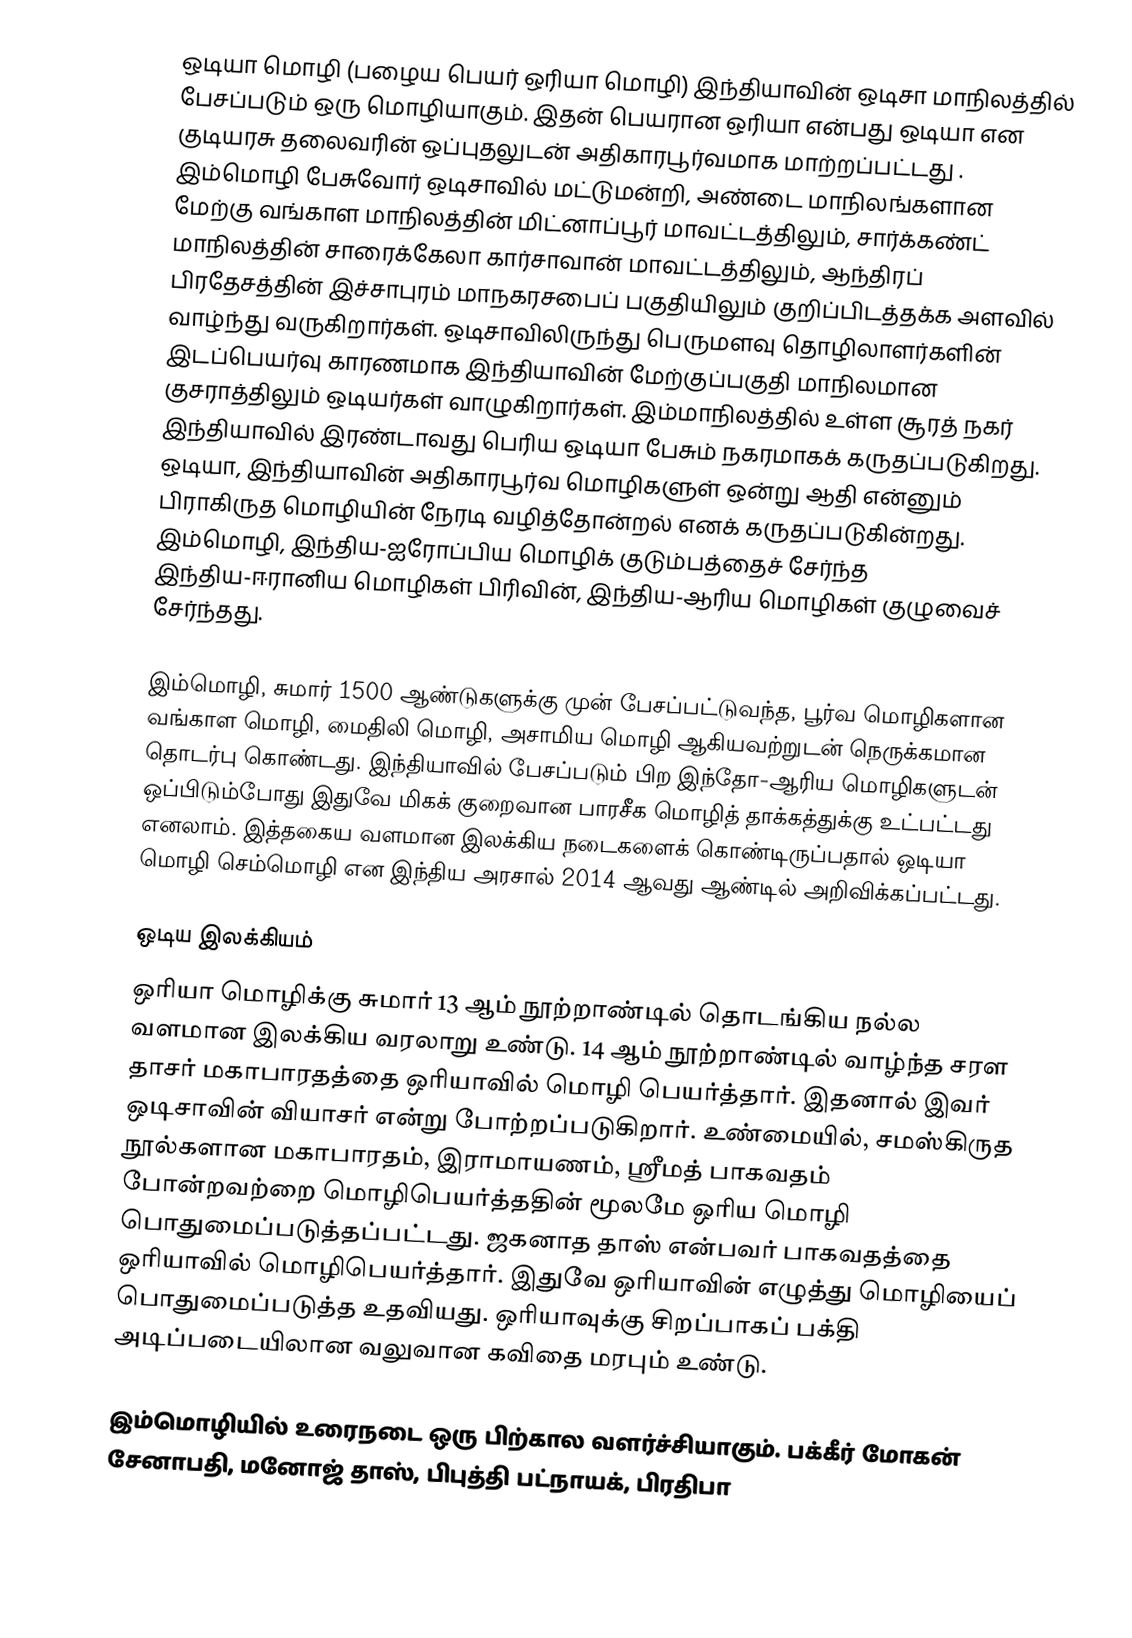
ஒடியா மொழி (பழைய பெயர் ஒரியா மொழி) இந்தியாவின் ஒடிசா மாநிலத்தில் பேசப்படும் ஒரு மொழியாகும். இதன் பெயரான ஒரியா என்பது ஒடியா என குடியரசு தலைவரின் ஒப்புதலுடன் அதிகாரபூர்வமாக மாற்றப்பட்டது . இம்மொழி பேசுவோர் ஒடிசாவில் மட்டுமன்றி, அண்டை மாநிலங்களான மேற்கு வங்காள மாநிலத்தின் மிட்னாப்பூர் மாவட்டத்திலும், சார்க்கண்ட் மாநிலத்தின் சாரைக்கேலா கார்சாவான் மாவட்டத்திலும், ஆந்திரப் பிரதேசத்தின் இச்சாபுரம் மாநகரசபைப் பகுதியிலும் குறிப்பிடத்தக்க அளவில் வாழ்ந்து வருகிறார்கள். ஒடிசாவிலிருந்து பெருமளவு தொழிலாளர்களின் இடப்பெயர்வு காரணமாக இந்தியாவின் மேற்குப்பகுதி மாநிலமான குசராத்திலும் ஒடியர்கள் வாழுகிறார்கள். இம்மாநிலத்தில் உள்ள சூரத் நகர் இந்தியாவில் இரண்டாவது பெரிய ஒடியா பேசும் நகரமாகக் கருதப்படுகிறது. ஒடியா, இந்தியாவின் அதிகாரபூர்வ மொழிகளுள் ஒன்று ஆதி என்னும் பிராகிருத மொழியின் நேரடி வழித்தோன்றல் எனக் கருதப்படுகின்றது. இம்மொழி, இந்திய-ஐரோப்பிய மொழிக் குடும்பத்தைச் சேர்ந்த இந்திய-ஈரானிய மொழிகள் பிரிவின், இந்திய-ஆரிய மொழிகள் குழுவைச் சேர்ந்தது.

இம்மொழி, சுமார் 1500 ஆண்டுகளுக்கு முன் பேசப்பட்டுவந்த, பூர்வ மொழிகளான வங்காள மொழி, மைதிலி மொழி, அசாமிய மொழி ஆகியவற்றுடன் நெருக்கமான தொடர்பு கொண்டது. இந்தியாவில் பேசப்படும் பிற இந்தோ-ஆரிய மொழிகளுடன் ஒப்பிடும்போது இதுவே மிகக் குறைவான பாரசீக மொழித் தாக்கத்துக்கு உட்பட்டது எனலாம். இத்தகைய வளமான இலக்கிய நடைகளைக் கொண்டிருப்பதால் ஒடியா மொழி செம்மொழி என இந்திய அரசால் 2014 ஆவது ஆண்டில் அறிவிக்கப்பட்டது.

ஒடிய இலக்கியம்
ஒரியா மொழிக்கு சுமார் 13 ஆம் நூற்றாண்டில் தொடங்கிய நல்ல வளமான இலக்கிய வரலாறு உண்டு. 14 ஆம் நூற்றாண்டில் வாழ்ந்த சரள தாசர் மகாபாரதத்தை ஒரியாவில் மொழி பெயர்த்தார். இதனால் இவர் ஒடிசாவின் வியாசர் என்று போற்றப்படுகிறார். உண்மையில், சமஸ்கிருத நூல்களான மகாபாரதம், இராமாயணம், ஸ்ரீமத் பாகவதம் போன்றவற்றை மொழிபெயர்த்ததின் மூலமே ஒரிய மொழி பொதுமைப்படுத்தப்பட்டது. ஜகனாத தாஸ் என்பவர் பாகவதத்தை ஒரியாவில் மொழிபெயர்த்தார். இதுவே ஒரியாவின் எழுத்து மொழியைப் பொதுமைப்படுத்த உதவியது. ஒரியாவுக்கு சிறப்பாகப் பக்தி அடிப்படையிலான வலுவான கவிதை மரபும் உண்டு.

இம்மொழியில் உரைநடை ஒரு பிற்கால வளர்ச்சியாகும். பக்கீர் மோகன் சேனாபதி, மனோஜ் தாஸ், பிபுத்தி பட்நாயக், பிரதிபா